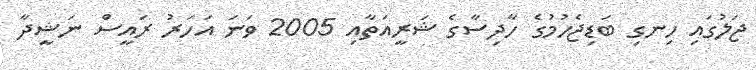
ޖަލުގައި ހިނގި ބަޑިޖެހުމުގެ ހާދިސާގެ ޝަރީއަތާއި 2005 ވަނަ އަހަރު ރައީސް ނަޝީދާ